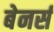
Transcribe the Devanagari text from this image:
बेनर्स